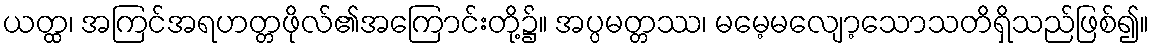
ယတ္ထ၊ အကြင်အရဟတ္တဖိုလ်၏အကြောင်းတို့၌။ အပ္ပမတ္တဿ၊ မမေ့မလျော့သောသတိရှိသည်ဖြစ်၍။